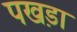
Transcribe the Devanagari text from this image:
पखड़ा